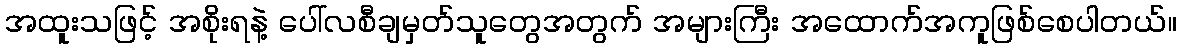
အထူးသဖြင့် အစိုးရနဲ့ ပေါ်လစီချမှတ်သူတွေအတွက် အများကြီး အထောက်အကူဖြစ်စေပါတယ်။